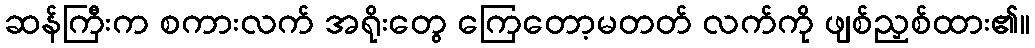
ဆန်ကြီးက စကားလက် အရိုးတွေ ကြေတော့မတတ် လက်ကို ဖျစ်ညှစ်ထား၏။